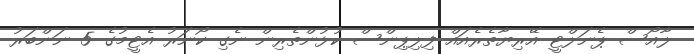
ލާއޯސް ޕެނަލްޓީ އޭރިޔާތެރެއައް ފިލިޕިންސް ކުޅުންތެރިން ނެގި ކޯނަރު އެޓީމުގެ 5 ނަންބަަރު